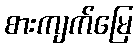
စားကျက်မြေ